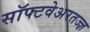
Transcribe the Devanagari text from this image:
सॉफ्टवेअरतज्ज्ञ